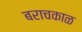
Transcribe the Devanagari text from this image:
बराचकाळ